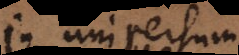
in universum